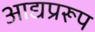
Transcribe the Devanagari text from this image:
आद्यप्ररूप